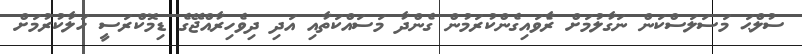
ސުލްޙަ މަސަލަސްކަން ނަގާލުމަށް ރެާވައިގެންކުރަމުން ގެންދާ މަސައްކަތާއި އަދި ދިވެހިރާއްޖޭގެ ޑިމޮކްރަސީ ހަލާކުރުމަށް